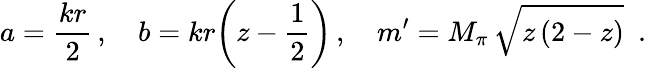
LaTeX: a=\frac{kr}{2}\, ,\quad b=kr\biggl(z-\frac{1}{2}\biggr)\, ,\quad m^{\prime}=M_{\pi}\, \sqrt{z\, (2-z)}\, \, \, .